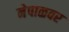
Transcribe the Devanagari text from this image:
नेपाळवर